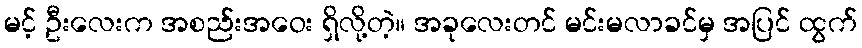
မင့် ဦးလေးက အစည်းအဝေး ရှိလို့တဲ့။ အခုလေးတင် မင်းမလာခင်မှ အပြင် ထွက်